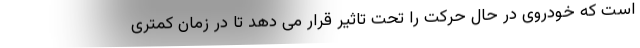
است که خودروی در حال حرکت را تحت تاثیر قرار می دهد تا در زمان کمتری